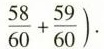
$$ $$\frac{58}{60}+ \frac{59}{60}).$$